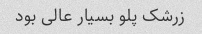
زرشک پلو بسیار عالی بود